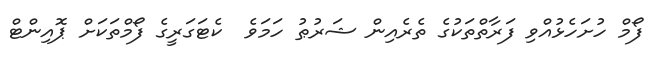
ފޯމް ހުށަހެޅުއްވި ފަރާތްތަކުގެ ތެރެއިން ޝަރުޠު ހަމަވެ  ކެޓަގަރީގެ ފޯމްތަކަށް ޕޮއިންޓް